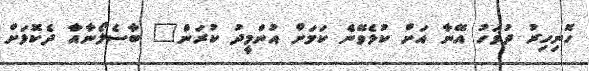
ހޮނިހިރު ދުވަހު އޭނާ އަށް ކުޅެވޭނެ ކަމަށް އުންމީދު ކުރަން" ބާސެލޯނާއާ ދެކޮޅަށް